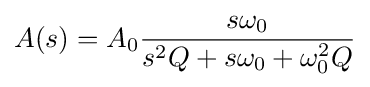
A(s)=A_{0}{\frac {s\omega _{0}}{s^{2}Q+s\omega _{0}+\omega _{0}^{2}Q}}